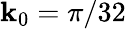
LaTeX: \mathbf{k}_{0}=\pi/32